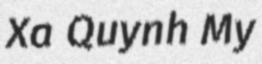
Xa Quynh My